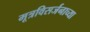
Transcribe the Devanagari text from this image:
मूत्रविसर्जनाच्या